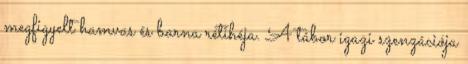
megfigyelt hamvas és barna rétihéja. A tábor igazi szenzációja